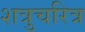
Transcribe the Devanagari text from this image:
शत्रुचरित्र